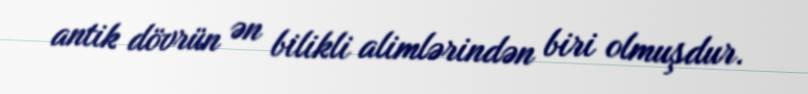
antik dövrün ən bilikli alimlərindən biri olmuşdur.